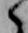
候